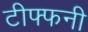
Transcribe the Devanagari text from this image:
टीफ्फनी